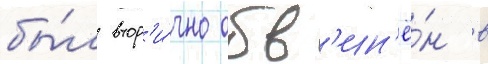
бы́л втор'и́чно обв'ин'ё́н в